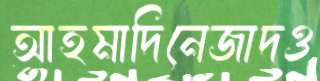
আহমাদিনেজাদও